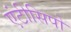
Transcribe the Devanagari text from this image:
एंटीसिपो